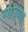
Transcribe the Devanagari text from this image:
गाउंगा